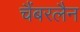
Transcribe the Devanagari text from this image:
चैंबरलैन